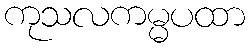
ကုသလကမ္မပထာ